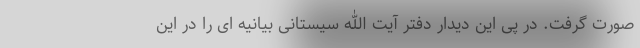
صورت گرفت. در پی این دیدار دفتر آیت الله سیستانی بیانیه ای را در این